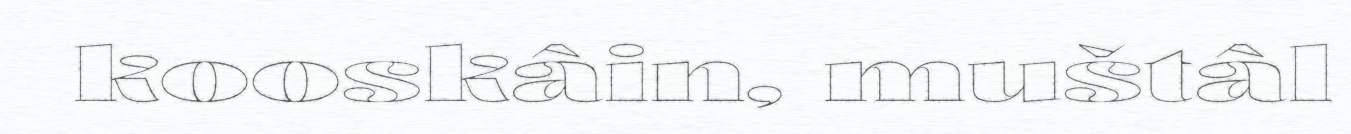
kooskâin, muštâl